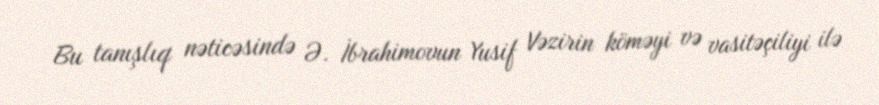
Bu tanışlıq nəticəsində Ə. İbrahimovun Yusif Vəzirin köməyi və vasitəçiliyi ilə